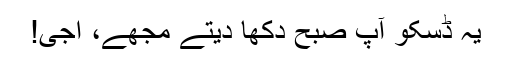
یہ ڈسکو آپ صبح دکھا دیتے مجھے، اجی!